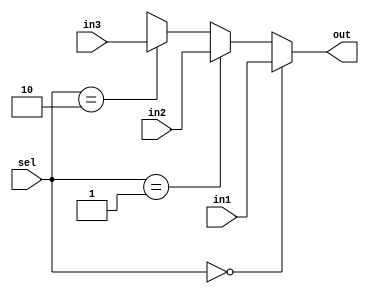
module Mux3x1_32Bits(out, in1, in2, in3, sel);

input [31:0] in1, in2, in3;
input [1:0] sel;
output [31:0]out;

assign out = 	(sel == 2'b00) ? in1 :
		(sel == 2'b01) ? in2 : 
		(sel == 2'b10) ? in3 : 32'bx;

endmodule